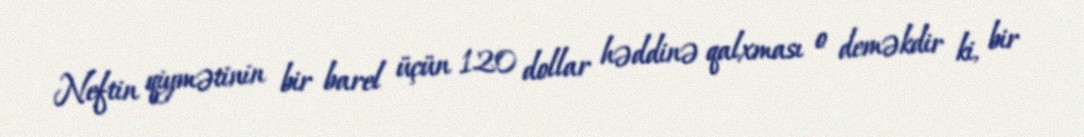
Neftin qiymətinin bir barel üçün 120 dollar həddinə qalxması o deməkdir ki, bir